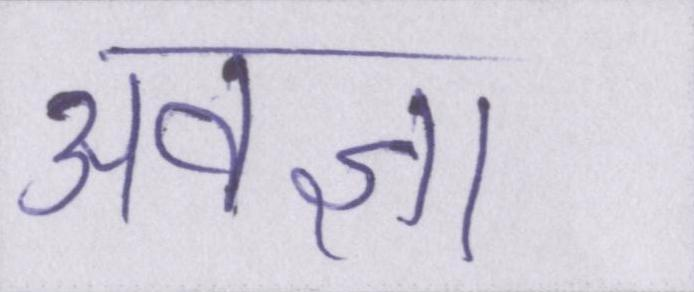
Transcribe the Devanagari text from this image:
अवज्ञा